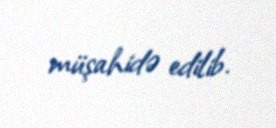
müşahidə edilib.